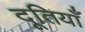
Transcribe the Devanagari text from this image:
दूतियाँ